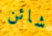
شائن